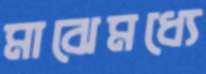
মাঝেমধ্যে